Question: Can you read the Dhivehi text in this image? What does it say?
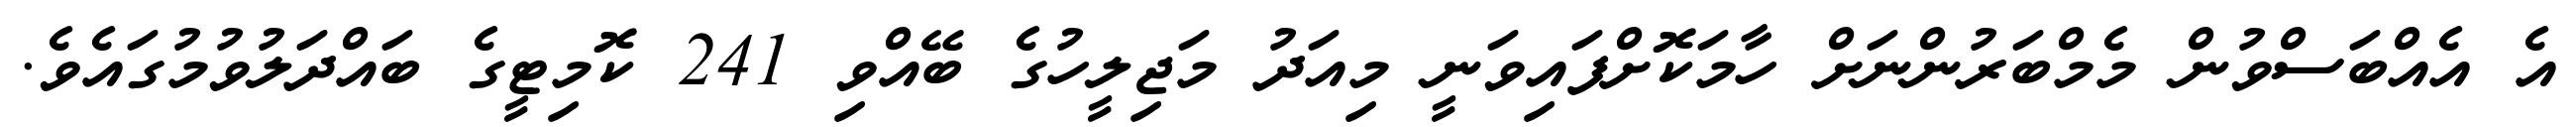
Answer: އެ އެއްބަސްވުން މެމްބަރުންނަށް ހާމަކޮށްފައިވަނީ މިއަދު މަޖިލީހުގެ ބޭއްވި 241 ކޮމިޓީގެ ބައްދަލުވުމުގައެވެ.